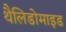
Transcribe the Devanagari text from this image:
थैलिडोमाइड